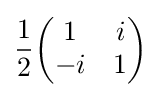
{\frac {1}{2}}{\begin{pmatrix}1&i\\-i&1\end{pmatrix}}